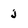
Character: j